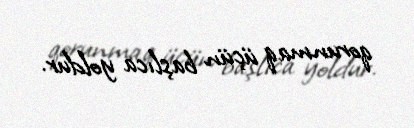
qorunmaq üçün başlıca yoldur.